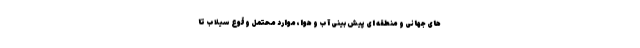
های جهانی و منطقه ای پیش بینی آب و هوا، موارد محتمل وقوع سیلاب تا